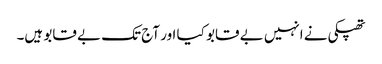
تھپکی نے انہیں بے قابو کیا اور آج تک بے قابو ہیں۔